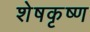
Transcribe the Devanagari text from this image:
शेषकृष्ण